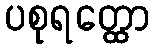
ပစုရတ္ထော